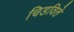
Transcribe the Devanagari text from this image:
चिडविले